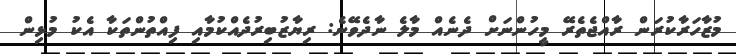
މުޒާހަރާކުރަން ރާއްޖެތެރޭ މީހުންނަށް ދެނެއް މާލެ ނާދެވޭނެ: ރިޔާޒުބިރުދެއްކުމާއި ފިއްތުންތަކާ އެކު މުޅިން